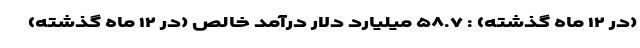
(در ۱۲ ماه گذشته) : ۵۸.۷ میلیارد دلار درآمد خالص (در ۱۲ ماه گذشته)